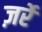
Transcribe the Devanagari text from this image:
ज़र्रे